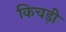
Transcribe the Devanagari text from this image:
किचड़ी